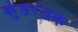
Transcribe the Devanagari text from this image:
कुंडरंजक